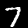
Label: 7